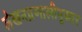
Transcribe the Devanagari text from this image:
लेखनप्रणालीनुसार